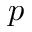
p